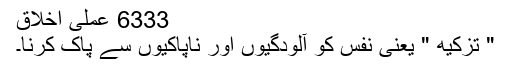
6333 عملی اخلاق
" تزکیھ " یعنی نفس کو آلودگیوں اور ناپاکیوں سے پاک کرنا۔